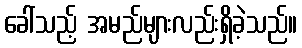
ခေါ်သည့် အမည်များလည်းရှိခဲ့သည်။